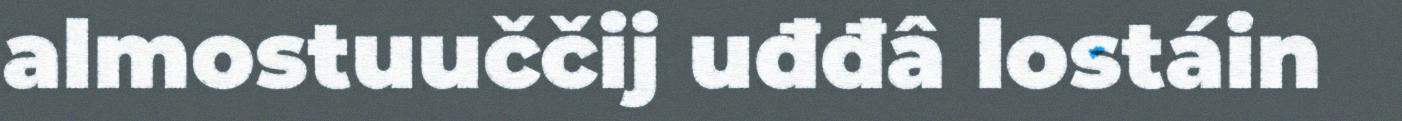
almostuuččij uđđâ lostáin